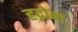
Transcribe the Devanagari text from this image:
हद्रोग